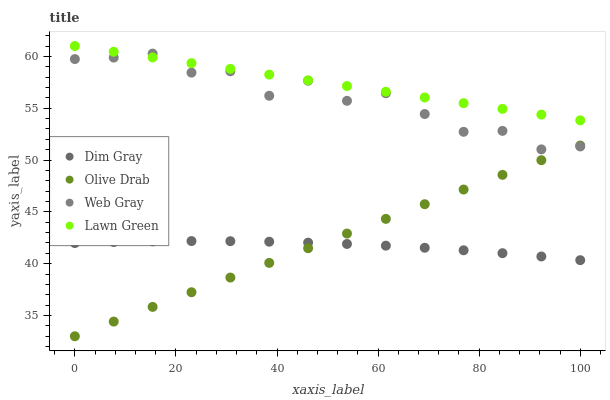
| xaxis_label | Dim Gray | Olive Drab | Web Gray | Lawn Green |
 | --- | --- | --- | --- | --- |
 | 0 | 42 | 33 | 59.7 | 61 |
 | 7.69 | 42.1 | 34.4 | 59.9 | 60.4 |
 | 15.4 | 42.2 | 35.8 | 60.3 | 59.9 |
 | 23.1 | 42.2 | 37.2 | 58.4 | 59.3 |
 | 30.8 | 42.2 | 38.7 | 58.6 | 58.8 |
 | 38.5 | 42.1 | 40.1 | 56.2 | 58.2 |
 | 46.2 | 42 | 41.5 | 57.6 | 57.7 |
 | 53.8 | 41.9 | 42.9 | 55.7 | 57.1 |
 | 61.5 | 41.7 | 44.3 | 56.4 | 56.6 |
 | 69.2 | 41.5 | 45.7 | 54.4 | 56 |
 | 76.9 | 41.3 | 47.2 | 52.7 | 55.5 |
 | 84.6 | 41 | 48.6 | 52.8 | 54.9 |
 | 92.3 | 40.7 | 50 | 51 | 54.4 |
 | 100 | 40.3 | 51.4 | 51.3 | 53.8 |